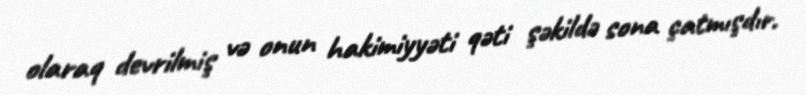
olaraq devrilmiş və onun hakimiyyəti qəti şəkildə sona çatmışdır.